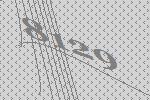
8129